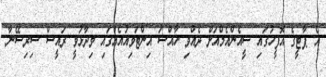
އެ ޕާޓީގެ އޮފީހުގައި ސީއެންއެމްއަށް ދެއްވި ހާއްސަ އިންޓަވިއުއެއްގައި ވިދާޅުވީ ރައީސް ސިރިސޭނާ